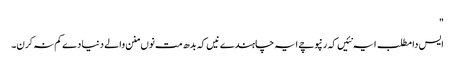
"
ایس دا مطلب ایہ نئیں کہ رنپوچے ایہ چاہندے نیں کہ بدھ مت نوں منن والے دنیا دے کم نہ کرن۔